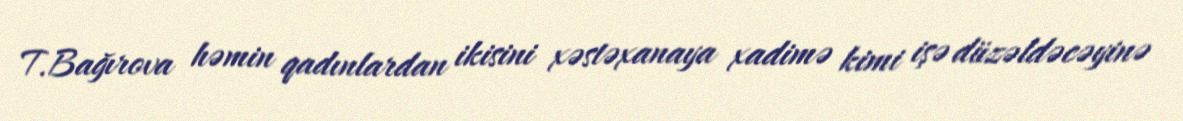
T.Bağırova həmin qadınlardan ikisini xəstəxanaya xadimə kimi işə düzəldəcəyinə